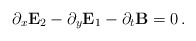
\begin{align*}\partial_x {\bf E}_2 - \partial_y {\bf E}_1 - \partial_t {\bf B} = 0 \, .\end{align*}